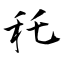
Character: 秅